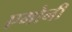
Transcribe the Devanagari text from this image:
एमोनी